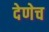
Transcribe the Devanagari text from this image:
देणेच